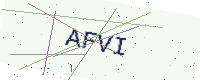
Text: AFVI